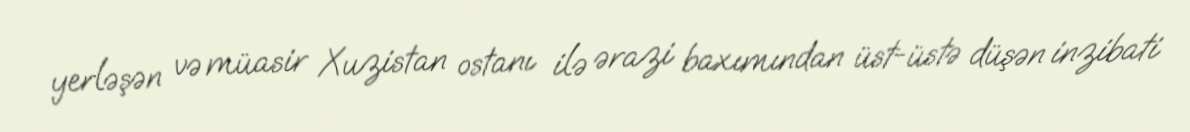
yerləşən və müasir Xuzistan ostanı ilə ərazi baxımından üst-üstə düşən inzibati